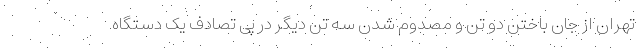
تهران از جان باختن دو تن و مصدوم شدن سه تن دیگر در پی تصادف یک دستگاه